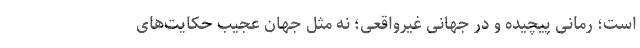
است؛ رمانی پیچیده و در جهانی غیرواقعی؛ نه مثل جهان عجیب حکایت‌های